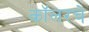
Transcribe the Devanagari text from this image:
कॉलरचे